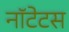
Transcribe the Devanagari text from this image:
नॉटेटस